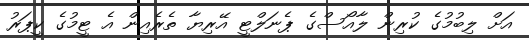
އަށް ލިބުމުގެ ކުރިން ލާއޯސްގެ ޕެނަލްޓީ އޭރިޔާ ތެރެއިން އެ ޓީމުގެ ކީޕަރު